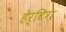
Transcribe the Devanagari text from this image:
हेर्टिग